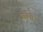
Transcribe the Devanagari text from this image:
निसेनी